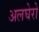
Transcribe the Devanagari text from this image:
अलघेरो